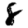
Digit: 8